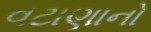
વટાણાનો